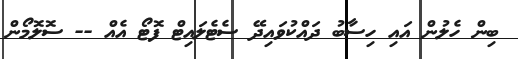
ބިން ހެލުން އައި ހިސާބު ދައްކުވައިދޭ ސެޓެލައިޓް ފޮޓޯ އެއް -- ސޮލޮމޯން